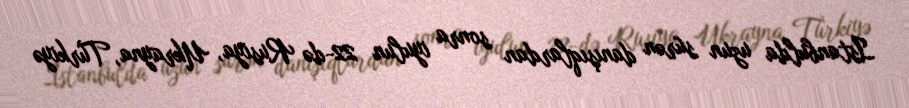
İstanbulda uzun sürən danışıqlardan sonra iyulun 22-də Rusiya, Ukrayna, Türkiyə